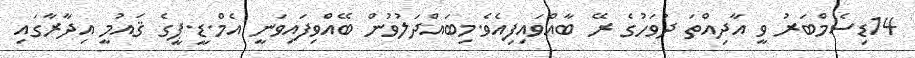
14ޑިސެމްބަރު ވީ އާދިއްތަ ދުވަހުގެ ރޭ ބާއްވައިފިއެވެ.މިބައްދަލުވުން ބޭއްވިފައިވަނީ އެމް.ޑީ.ޕީގެ ޤައުމީ އިދާރާގައި